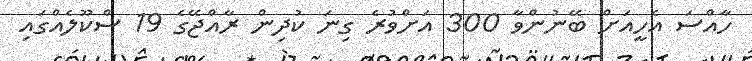
ހާއްސަ އެހީއަށް ބޭނުންވާ 300 އަށްވުރެ ގިނަ ކުދިން ރާއްޖޭގެ 19 ސްކޫލެއްގައި